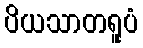
ပိယသာတရူပံ